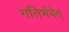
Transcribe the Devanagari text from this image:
गतिर्भवेत्